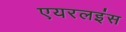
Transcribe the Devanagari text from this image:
एयरलइंस